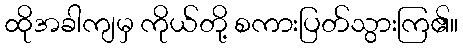
ထိုအခါကျမှ ကိုယ်တို့ စကားပြတ်သွားကြ၏။